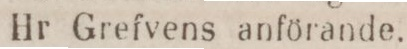
Hr Grefvens anförande.